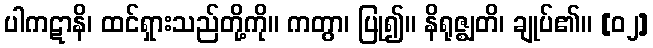
ပါကဋာနိ၊ ထင်ရှားသည်တို့ကို။ ကတွာ၊ ပြု၍။ နိရုဇ္ဈတိ၊ ချုပ်၏။ [၀၂]